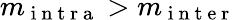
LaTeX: m_{\mathrm{~i~n~t~r~a~}}>m_{\mathrm{~i~n~t~e~r~}}